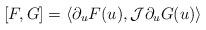
LaTeX: \begin{align*}[F,G] =\langle \partial_u F(u), \mathcal{J} \partial_u G(u)\rangle\end{align*}